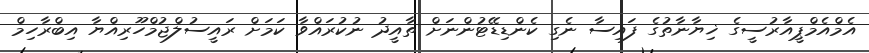
އެމްއެމްޕީއާރުސީގެ ޚިޔާނާތުގެ ފައިސާ ނެގި ކެންޑިޑޭޓުންނަށް ތާއީދު ނުކުރައްވާ ކަމަށް ރައީސުލްޖުމްހޫރިއްޔާ އިބްރާހިމް